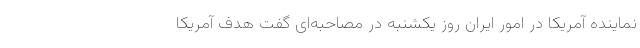
نماینده آمریکا در امور ایران روز یکشنبه در مصاحبه‌ای گفت هدف آمریکا